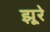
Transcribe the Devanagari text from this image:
झूरे